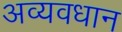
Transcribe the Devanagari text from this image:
अव्यवधान